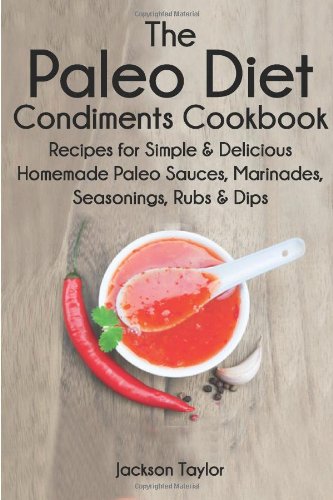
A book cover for The Paleo Diet Condiments Cookbook: Recipes for Simple and Delicious Homemade Paleo Sauces, Marinades, Seasonings, Rubs and Dips; Jackson Taylor; Cookbooks, Food & Wine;